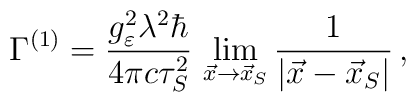
\Gamma^{(1)} = \frac{g^2_\varepsilon \lambda^2 \hbar}{4\pi c \tau_S^2}\, \lim_{\vec{x} \rightarrow \vec{x}_S} \frac{1}{|\vec{x}-\vec{x}_S|} \,,